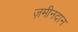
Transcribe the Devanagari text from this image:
ज़मीनदान